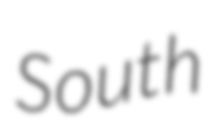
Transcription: South